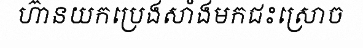
ហ៊ានយកប្រេងសាំងមកជះស្រោច